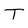
Character: T